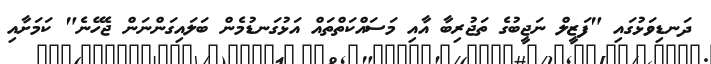
ދަނޑިވަޅުގައި "ފަޒީލް ނަޖީބުގެ ތަޖުރިބާ އާއި މަސައްކަތްތައް އަޅުގަނޑުމެން ބަލައިގަންނަން ޖެހޭނެ" ކަމަށާއި